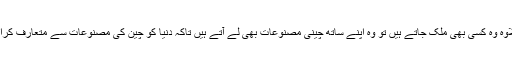
اس کے علاوہ وہ کسی بھی ملک جاتے ہیں تو وہ اپنے ساتھ چینی مصنوعات بھی لے آتے ہیں تاکہ دنیا کو چین کی مصنوعات سے متعارف کرایا جاسکے۔